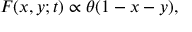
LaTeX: F ( x , y ; t ) \propto \theta ( 1 - x - y ) ,